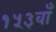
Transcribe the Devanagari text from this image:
१५३वाँ